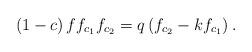
LaTeX: \begin{align*}\left( 1-c\right) ff_{c_{1}}f_{c_{2}}=q\left( f_{c_{2}}-kf_{c_{1}}\right) . \end{align*}